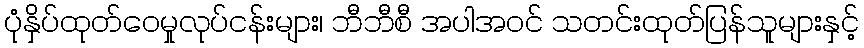
ပုံနှိပ်ထုတ်ဝေမှုလုပ်ငန်းများ၊ ဘီဘီစီ အပါအဝင် သတင်းထုတ်ပြန်သူများနှင့်